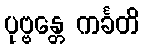
ပုဗ္ဗန္တေ ကင်္ခတိ